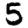
Digit: 5